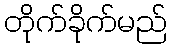
တိုက်ခိုက်မည်